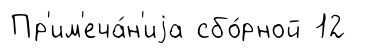
Пр'им'еча́н'иjа сбо́рной 12